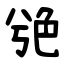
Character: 䒊